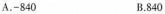
A.-840 B.840